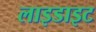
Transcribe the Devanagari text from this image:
लाइडाइट